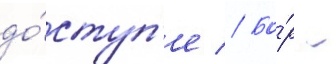
до́ступ'е // Бо́р -